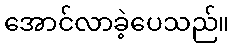
အောင်လာခဲ့ပေသည်။